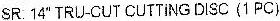
SR: 14" TRU-CUT CUTTING DISC (1 PC)